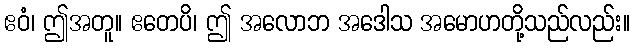
ဧဝံ၊ ဤအတူ။ ဧတေပိ၊ ဤ အလောဘ အဒေါသ အမောဟတို့သည်လည်း။